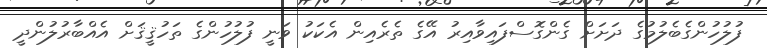
ފުލުހުންގެބެލުމުގެ ދަށަށް ގެންގޮސްފައިވާއިރު އޭގެ ތެރެއިން އެކަކު ވަނީ ފުލުހުންގެ ތަހުޤީޤަށް އެއްބާރުލުންދީ